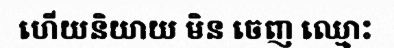
ហើយនិយាយ មិន ចេញ ឈ្មោះ